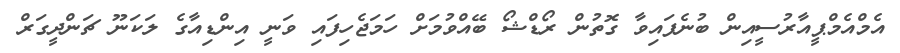
އެމްއެމްޕީއާރުސީއިން ބުނެފައިވާ ގޮތުން ރޯޑްޝޯ ބޭއްވުމަށް ހަމަޖެހިފައި ވަނީ އިންޑިއާގެ ލަކަނޫ ޗަންދީގަރް